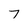
Character: 7